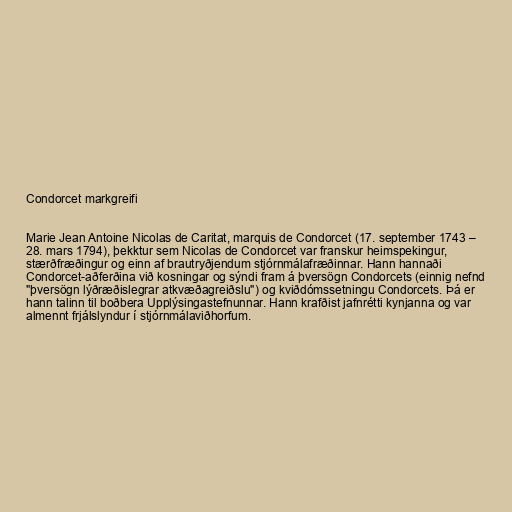
Condorcet markgreifi

Marie Jean Antoine Nicolas de Caritat, marquis de Condorcet (17. september 1743 –
28. mars 1794), þekktur sem Nicolas de Condorcet var franskur heimspekingur,
stærðfræðingur og einn af brautryðjendum stjórnmálafræðinnar. Hann hannaði
Condorcet-aðferðina við kosningar og sýndi fram á þversögn Condorcets (einnig nefnd
"þversögn lýðræðislegrar atkvæðagreiðslu") og kviðdómssetningu Condorcets. Þá er
hann talinn til boðbera Upplýsingastefnunnar. Hann krafðist jafnrétti kynjanna og var
almennt frjálslyndur í stjórnmálaviðhorfum.